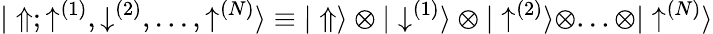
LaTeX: {|\Uparrow;\uparrow^{(1)},\downarrow^{(2)},...,\uparrow^{(N)}\rangle}\equiv{|\Uparrow\rangle\otimes|\downarrow^{(1)}\rangle\otimes|\uparrow^{(2)}\rangle\otimes...\otimes|\uparrow^{(N)}\rangle}